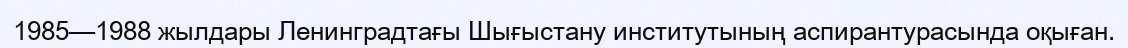
1985—1988 жылдары Ленинградтағы Шығыстану институтының аспирантурасында оқыған.